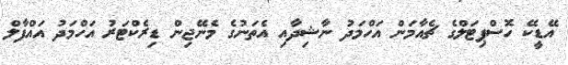
އޭޑީކޭ ހޮސްޕިޓަލްގެ ޗެއާމަން އަހްމަދު ނާޝިދާއި އެތަނުގެ މެނޭޖިން ޑިރެކްޓަރު އަހްމަދު އައްފާލް